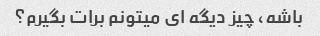
باشه، چیز دیگه ای میتونم برات بگیرم؟